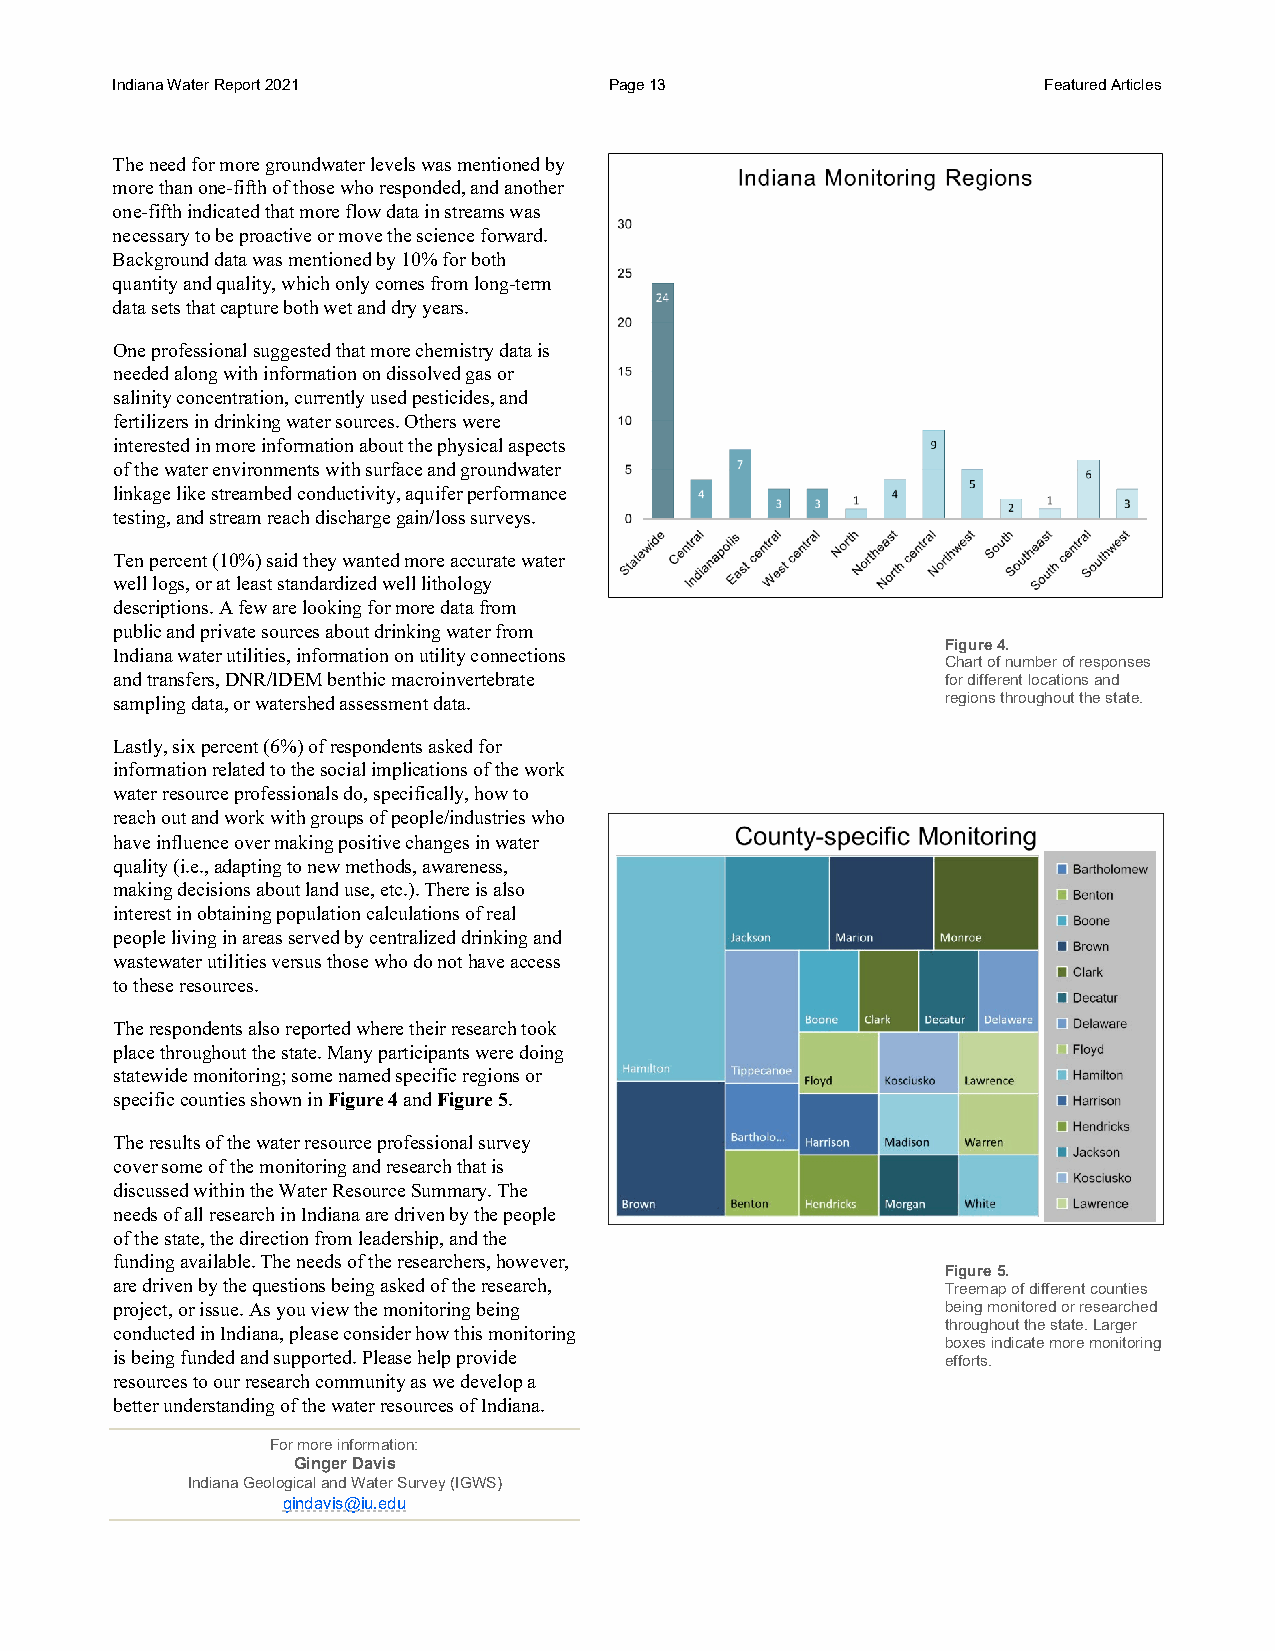
Indiana Water Report 2021        Page 13                      Featured Articles
 The need for more groundwater levels was mentioned by
 more than one-fifth of those who responded, and another
 one-fifth indicated that more flow data in streams was
 necessary to be proactive or move the science forward.
 Background data was mentioned by 10% for both
 quantity and quality, which only comes from long-term
 data sets that capture both wet and dry years.
 One professional suggested that more chemistry data is
 needed along with information on dissolved gas or
 salinity concentration, currently used pesticides, and
 fertilizers in drinking water sources. Others were
 interested in more information about the physical aspects
 of the water environments with surface and groundwater
 linkage like streambed conductivity, aquifer performance
 testing, and stream reach discharge gain/loss surveys.
 Ten percent (10%) said they wanted more accurate water
 well logs, or at least standardized well lithology
 descriptions. A few are looking for more data from
 public and private sources about drinking water from
 Figure 4.
 Indiana water utilities, information on utility connections
 Chart of number of responses
 and transfers, DNR/IDEM benthic macroinvertebrate       for different locations and
 sampling data, or watershed assessment data.            regions throughout the state.
 Lastly, six percent (6%) of respondents asked for
 information related to the social implications of the work
 water resource professionals do, specifically, how to
 reach out and work with groups of people/industries who
 have influence over making positive changes in water
 quality (i.e., adapting to new methods, awareness,
 making decisions about land use, etc.). There is also
 interest in obtaining population calculations of real
 people living in areas served by centralized drinking and
 wastewater utilities versus those who do not have access
 to these resources.
 The respondents also reported where their research took
 place throughout the state. Many participants were doing
 statewide monitoring; some named specific regions or
 specific counties shown in Figure 4 and Figure 5.
 The results of the water resource professional survey
 cover some of the monitoring and research that is
 discussed within the Water Resource Summary. The
 needs of all research in Indiana are driven by the people
 of the state, the direction from leadership, and the
 funding available. The needs of the researchers, however,
 Figure 5.
 are driven by the questions being asked of the research, Treemap of different counties
 project, or issue. As you view the monitoring being     being monitored or researched
 throughout the state. Larger
 conducted in Indiana, please consider how this monitoring
 boxes indicate more monitoring
 is being funded and supported. Please help provide      efforts.
 resources to our research community as we develop a
 better understanding of the water resources of Indiana.
 For more information:
 Ginger Davis
 Indiana Geological and Water Survey (IGWS)
 gindavis@iu.edu